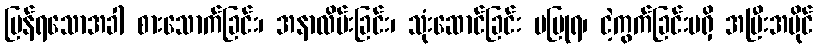
ပြန်ရသောအခါ စားသောက်ခြင်း၊ အနာလိမ်းခြင်း၊ သုံးဆောင်ခြင်း မပြုရ၊ ငဲ့ကွက်ခြင်းမရှိ အပြီးအပိုင်